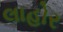
લાહોર